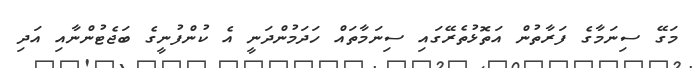
މަގޭ ސިނަމާގެ ފަރާތުން އަތޮޅުތެރޭގައި ސިނަމާތައް ހަދަމުންދަނީ އެ ކުންފުނީގެ ބަޖެޓުންނާއި އަދި